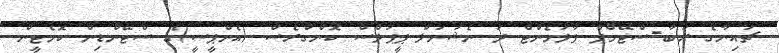
ޗައިނާގެ ރަބާ-ސްޓޭމްޕް ޕާލަމެންޓް ދަ ނެޝަނަލް ޕީޕަލްސް ކޮންގްރެސް (އެންޕީސީ)ގެ ސްޓޭންޑިން ކޮމެޓީން